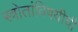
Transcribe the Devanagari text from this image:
स्त्रोतांविषयीची